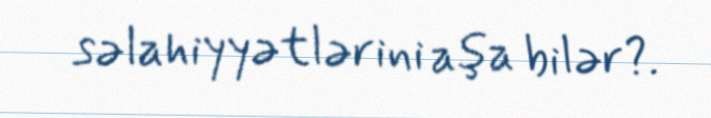
səlahiyyətlərini aşa bilər?.